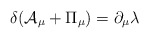
\begin{align*}\delta ({\cal A}_{\mu} + {\Pi}_{\mu}) = \partial_{\mu} \lambda\end{align*}